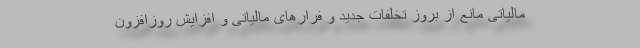
مالیاتی مانع از بروز تخلفات جدید و فرارهای مالیاتی و افزایش روزافزون